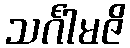
သင်္ဂါမဇိ